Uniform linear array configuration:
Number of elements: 8
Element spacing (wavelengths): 0.25
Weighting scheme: kaiser
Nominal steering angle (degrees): -45
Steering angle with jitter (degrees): -44.217
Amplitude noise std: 0.05
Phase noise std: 0.05

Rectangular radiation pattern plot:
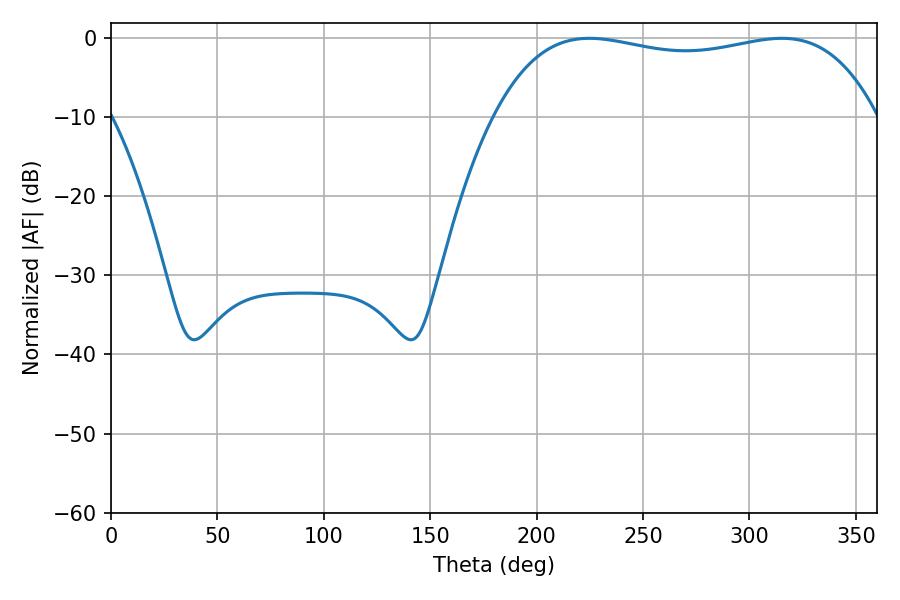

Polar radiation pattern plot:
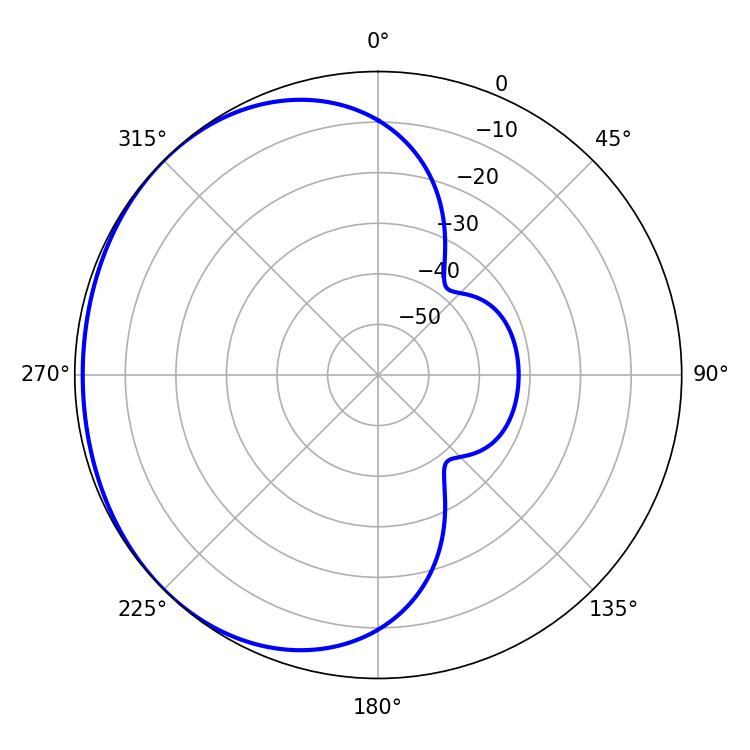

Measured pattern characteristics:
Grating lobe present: FALSE
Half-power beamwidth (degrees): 144.72
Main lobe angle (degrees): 224.82